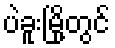
ပဲခူးမြို့တွင်